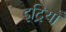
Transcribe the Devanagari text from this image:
इद्रियाँ